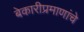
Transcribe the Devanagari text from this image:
बेकारीप्रमाणांचे